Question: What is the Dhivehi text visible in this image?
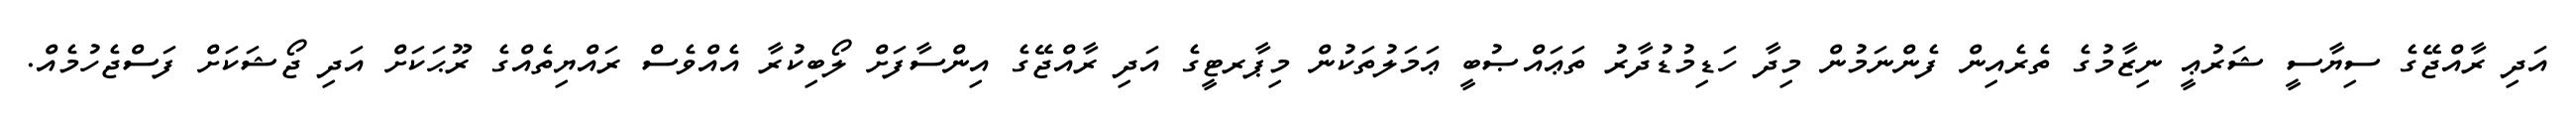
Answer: އަދި ރާއްޖޭގެ ސިޔާސީ ޝަރުޢީ ނިޒާމުގެ ތެރެއިން ފެންނަމުން މިދާ ހަޑިމުޑުދާރު ތަޢައްޞުބީ ޢަމަލުތަކުން މިޕާރޓީގެ އަދި ރާއްޖޭގެ އިންސާފަށް ލޯބިކުރާ އެއްވެސް ރައްޔިތެއްގެ ރޫޙަކަށް އަދި ޖޯޝަކަށް ފަސްޖެހުމެއް.